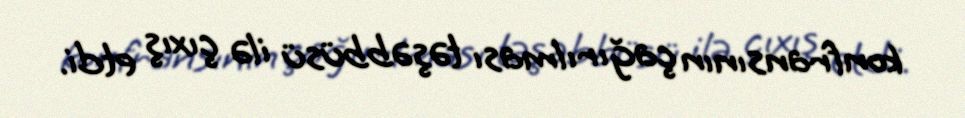
konfransının çağırılması təşəbbüsü ilə çıxış etdi.